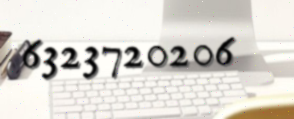
6323720206